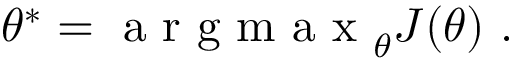
\theta ^ { * } = \mathrm { ~ a ~ r ~ g ~ m ~ a ~ x ~ } _ { \theta } J ( \theta ) ~ .